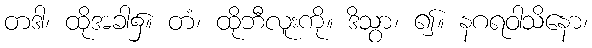
တဒါ၊ ထိုအခါ၌။ တံ၊ ထိုဘီလူးကို။ ဒိသွာ၊ ၍။ နဂရဝါသိနော၊